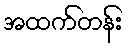
အထက်တန်း